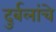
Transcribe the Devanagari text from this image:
दुर्बलांचे